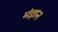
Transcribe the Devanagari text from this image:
मंज्ञान